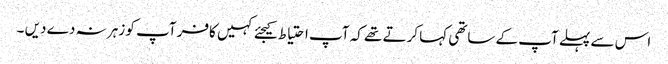
اس سے پہلے آپ کے ساتھی کہا کرتے تھے کہ آپ احتیاط کیجئے کہیں کافر آپ کو زہر نہ دے دیں ۔